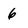
Character: 6